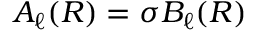
A _ { \ell } ( R ) = \sigma B _ { \ell } ( R )